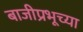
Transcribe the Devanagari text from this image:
बाजीप्रभूच्या